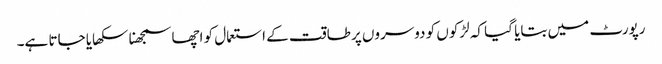
رپورٹ میں بتایا گیا کہ لڑکوں کو دوسروں پر طاقت کے استعمال کو اچھا سمجھنا سکھایا جاتا ہے۔